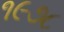
૧૯૭૮